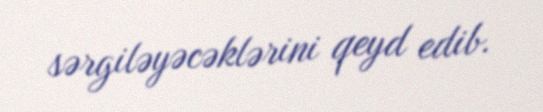
sərgiləyəcəklərini qeyd edib.